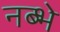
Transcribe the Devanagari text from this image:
नब्भे